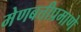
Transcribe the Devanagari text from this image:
मेणबत्तीप्रमाणे